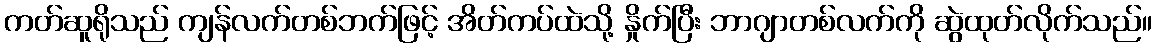
ကတ်ဆူရိုသည် ကျန်လက်တစ်ဘက်ဖြင့် အိတ်ကပ်ထဲသို့ နှိုက်ပြီး ဘာဂျာတစ်လက်ကို ဆွဲထုတ်လိုက်သည်။